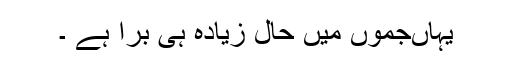
یہاںجموں میں حال زیادہ ہی بُرا ہے ۔